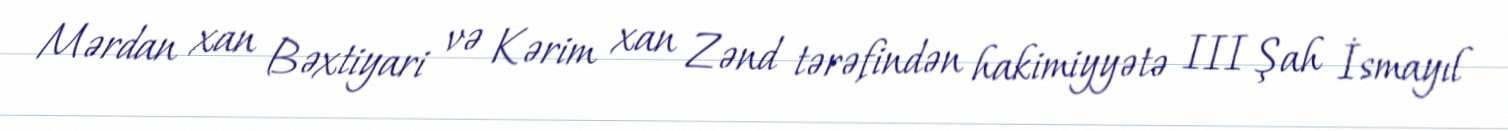
Mərdan xan Bəxtiyari və Kərim xan Zənd tərəfindən hakimiyyətə III Şah İsmayıl